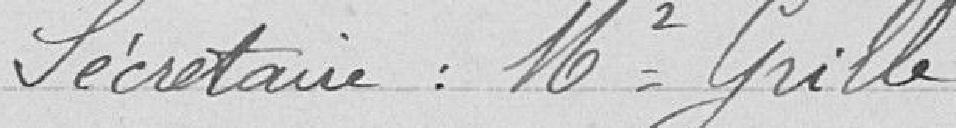
Secrétaire : Monsieur Grille